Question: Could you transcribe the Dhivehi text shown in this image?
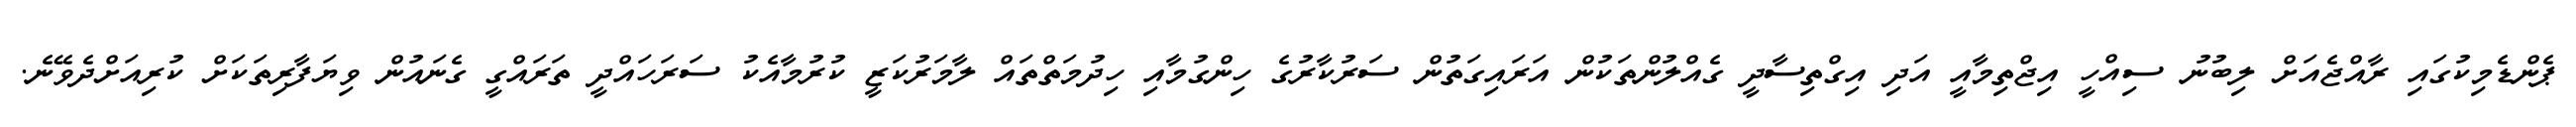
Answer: ޕެންޑެމިކުގައި ރާއްޖެއަށް ލިބުނު ސިއްހީ އިޖްތިމާއީ އަދި އިގްތިސާދީ ގެއްލުންތަކުން އަރައިގަތުން ސަރުކާރުގެ ހިންގުމާއި ހިދުމަތްތައް ލާމަރުކަޒީ ކުރުމާއެކު ސަރަހައްދީ ތަރައްގީ ގެނައުން ވިޔަފާރިތަކަށް ކުރިއަށްދެވޭނެ.